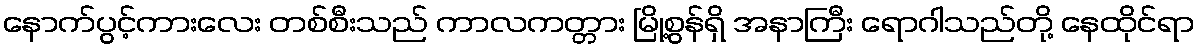
နောက်ပွင့်ကားလေး တစ်စီးသည် ကာလကတ္တား မြို့စွန်ရှိ အနာကြီး ရောဂါသည်တို့ နေထိုင်ရာ